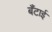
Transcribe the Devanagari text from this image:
बँटाई